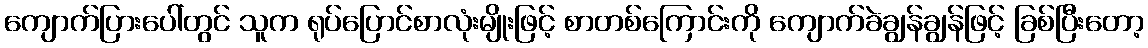
ကျောက်ပြားပေါ်တွင် သူက ရုပ်ပြောင်စာလုံးမျိုးဖြင့် စာတစ်ကြောင်းကို ကျောက်ခဲချွန်ချွန်ဖြင့် ခြစ်ပြီးတော့